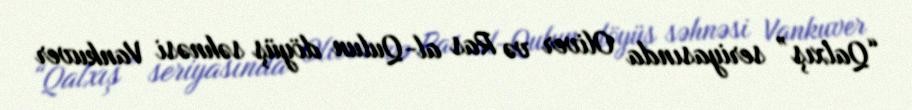
“Qalxış” seriyasında Oliver və Ras al-Qulun döyüş səhnəsi Vankuver